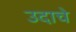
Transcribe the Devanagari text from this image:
उदाचे